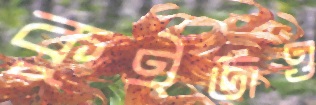
কুইজও